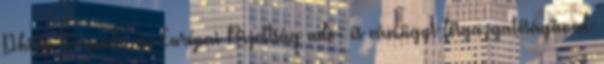
Philip Kermode, az Európai Bizottság adó- és vámügyi főigazgatóságának